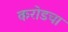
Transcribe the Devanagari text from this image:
करोडचा